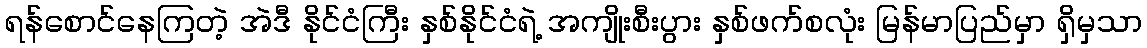
ရန်စောင်နေကြတဲ့ အဲဒီ နိုင်ငံကြီး နှစ်နိုင်ငံရဲ့ အကျိုးစီးပွား နှစ်ဖက်စလုံး မြန်မာပြည်မှာ ရှိမှသာ